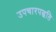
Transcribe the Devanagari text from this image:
उपचारपद्धति